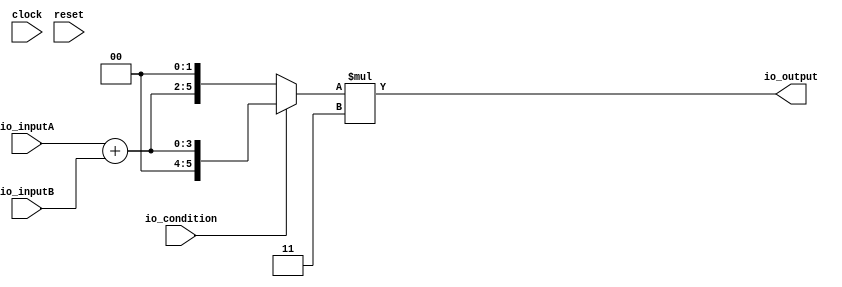
// This program was cloned from: https://github.com/wilfredkisku/CHISEL3-PROJECTS
// License: The Unlicense

module HardwareModuleWithFunctions(
  input        clock,
  input        reset,
  input  [3:0] io_inputA, // @[IdeaProjects/FunctionExample/src/main/scala/HardwareModuleWithFunctions.scala 5:14]
  input  [3:0] io_inputB, // @[IdeaProjects/FunctionExample/src/main/scala/HardwareModuleWithFunctions.scala 5:14]
  output [4:0] io_output, // @[IdeaProjects/FunctionExample/src/main/scala/HardwareModuleWithFunctions.scala 5:14]
  input        io_condition // @[IdeaProjects/FunctionExample/src/main/scala/HardwareModuleWithFunctions.scala 5:14]
);
  wire [3:0] sum = io_inputA + io_inputB; // @[IdeaProjects/FunctionExample/src/main/scala/HardwareModuleWithFunctions.scala 14:7]
  wire [5:0] shiftedResult = {sum, 2'h0}; // @[IdeaProjects/FunctionExample/src/main/scala/HardwareModuleWithFunctions.scala 19:11]
  wire [5:0] selectedResult = io_condition ? {{2'd0}, sum} : shiftedResult; // @[IdeaProjects/FunctionExample/src/main/scala/HardwareModuleWithFunctions.scala 24:8]
  wire [7:0] finalResult = selectedResult * 2'h3; // @[IdeaProjects/FunctionExample/src/main/scala/HardwareModuleWithFunctions.scala 29:21]
  assign io_output = finalResult[4:0]; // @[IdeaProjects/FunctionExample/src/main/scala/HardwareModuleWithFunctions.scala 41:13]
endmodule